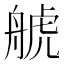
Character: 𦩕